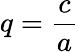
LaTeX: q={\frac{c}{a}}